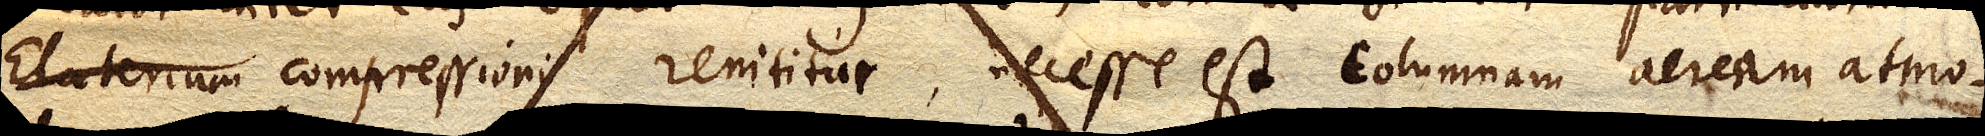
Elaterium Elater compressioni renititur, necesse est columnam aeream atmo–